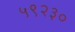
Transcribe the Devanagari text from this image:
५९२३०